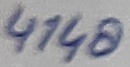
Text: 4148